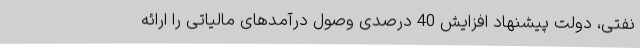
نفتی، دولت پیشنهاد افزایش 40 درصدی وصول درآمدهای مالیاتی را ارائه